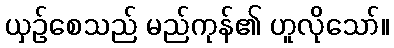
ယှဉ်စေသည် မည်ကုန်၏ ဟူလိုသော်။